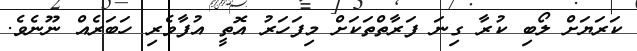
ކަރަޔަށް ލޯބި ކުރާ ގިނަ ފަރާތްތަކަށް މިފަހަރު އޮތީ އުފާވެރި ހަބަރެއް ނޫނެވެ.